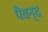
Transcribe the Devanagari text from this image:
पैवन्द